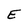
Character: E